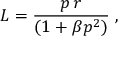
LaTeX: L = \frac { p \, r } { ( 1 + \beta p ^ { 2 } ) } \; ,